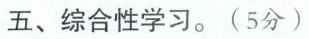
五、综合性学习。(5分)